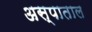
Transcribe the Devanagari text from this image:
अस्पाताल